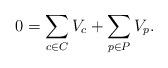
LaTeX: \begin{align*}0=\sum_{c\in C}V_{c}+\sum_{p\in P}V_{p}.\end{align*}